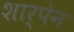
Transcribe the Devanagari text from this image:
शार्पेन